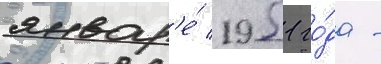
январ'е́ 1951 го́да -